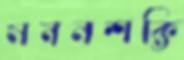
মননশক্তি